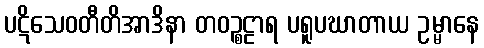
ပဋိသေဝတီတိအာဒိနာ တဝဉ္စဠာရ ပရူပဃာတာယ ဥမ္မာနေ